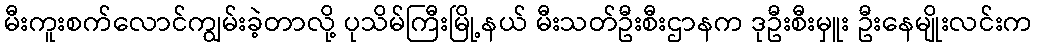
မီးကူးစက်လောင်ကျွမ်းခဲ့တာလို့ ပုသိမ်ကြီးမြို့နယ် မီးသတ်ဦးစီးဌာနက ဒုဦးစီးမှူး ဦးနေမျိုးလင်းက